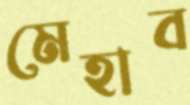
মেহাব